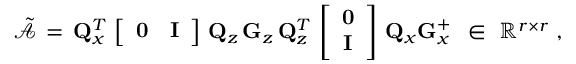
\tilde { \mathcal { A } } \, = \, { \bf Q } _ { x } ^ { T } \, \left[ \begin{array} { c c } { { \bf 0 } } & { { \bf I } } \end{array} \right] \, { \bf Q } _ { z } \, { \bf G } _ { z } \, { \bf Q } _ { z } ^ { T } \, \left[ \begin{array} { c } { { \bf 0 } } \\ { { \bf I } } \end{array} \right] \, { \bf Q } _ { x } { \bf G } _ { x } ^ { + } \, \, \, \in \, \, \mathbb { R } ^ { r \times r } \mathrm { ~ , }